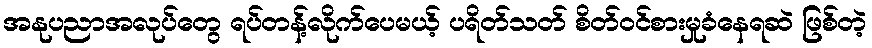
အနုပညာအလုပ်တွေ ရပ်တန့်လိုက်ပေမယ့် ပရိတ်သတ် စိတ်ဝင်စားမှုခံနေရဆဲ ဖြစ်တဲ့